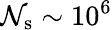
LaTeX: \mathcal{N}_{\mathrm{{s}}}\sim10^{6}